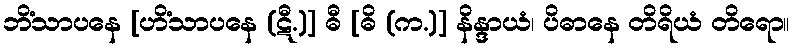
ဘိံသာပနေ [ဟိံသာပနေ (ဋီ.)] ဓီ [ဓိ (က.)] နိန္ဒာယံ၊ ပိဓာနေ တိရိယံ တိရော။